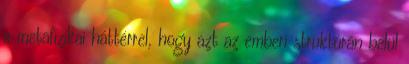
a metafizikai háttérrel, hogy azt az emberi struktúrán belül